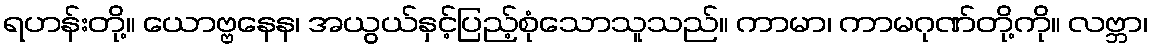
ရဟန်းတို့။ ယောဗ္ဗနေန၊ အယွယ်နှင့်ပြည့်စုံသောသူသည်။ ကာမာ၊ ကာမဂုဏ်တို့ကို။ လဗ္ဘာ၊